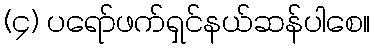
(၄) ပရော်ဖက်ရှင်နယ်ဆန်ပါစေ။